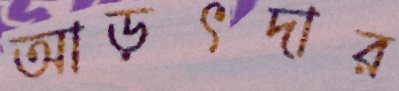
আড়ৎদার